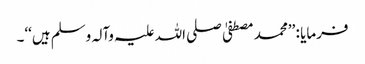
فرمایا : ’’محمد مصطفیٰ صلی اللہ علیہ وآلہ وسلم ہیں‘‘۔